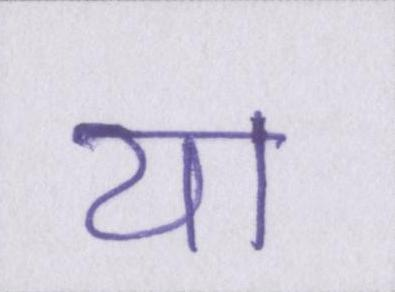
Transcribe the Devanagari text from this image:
या